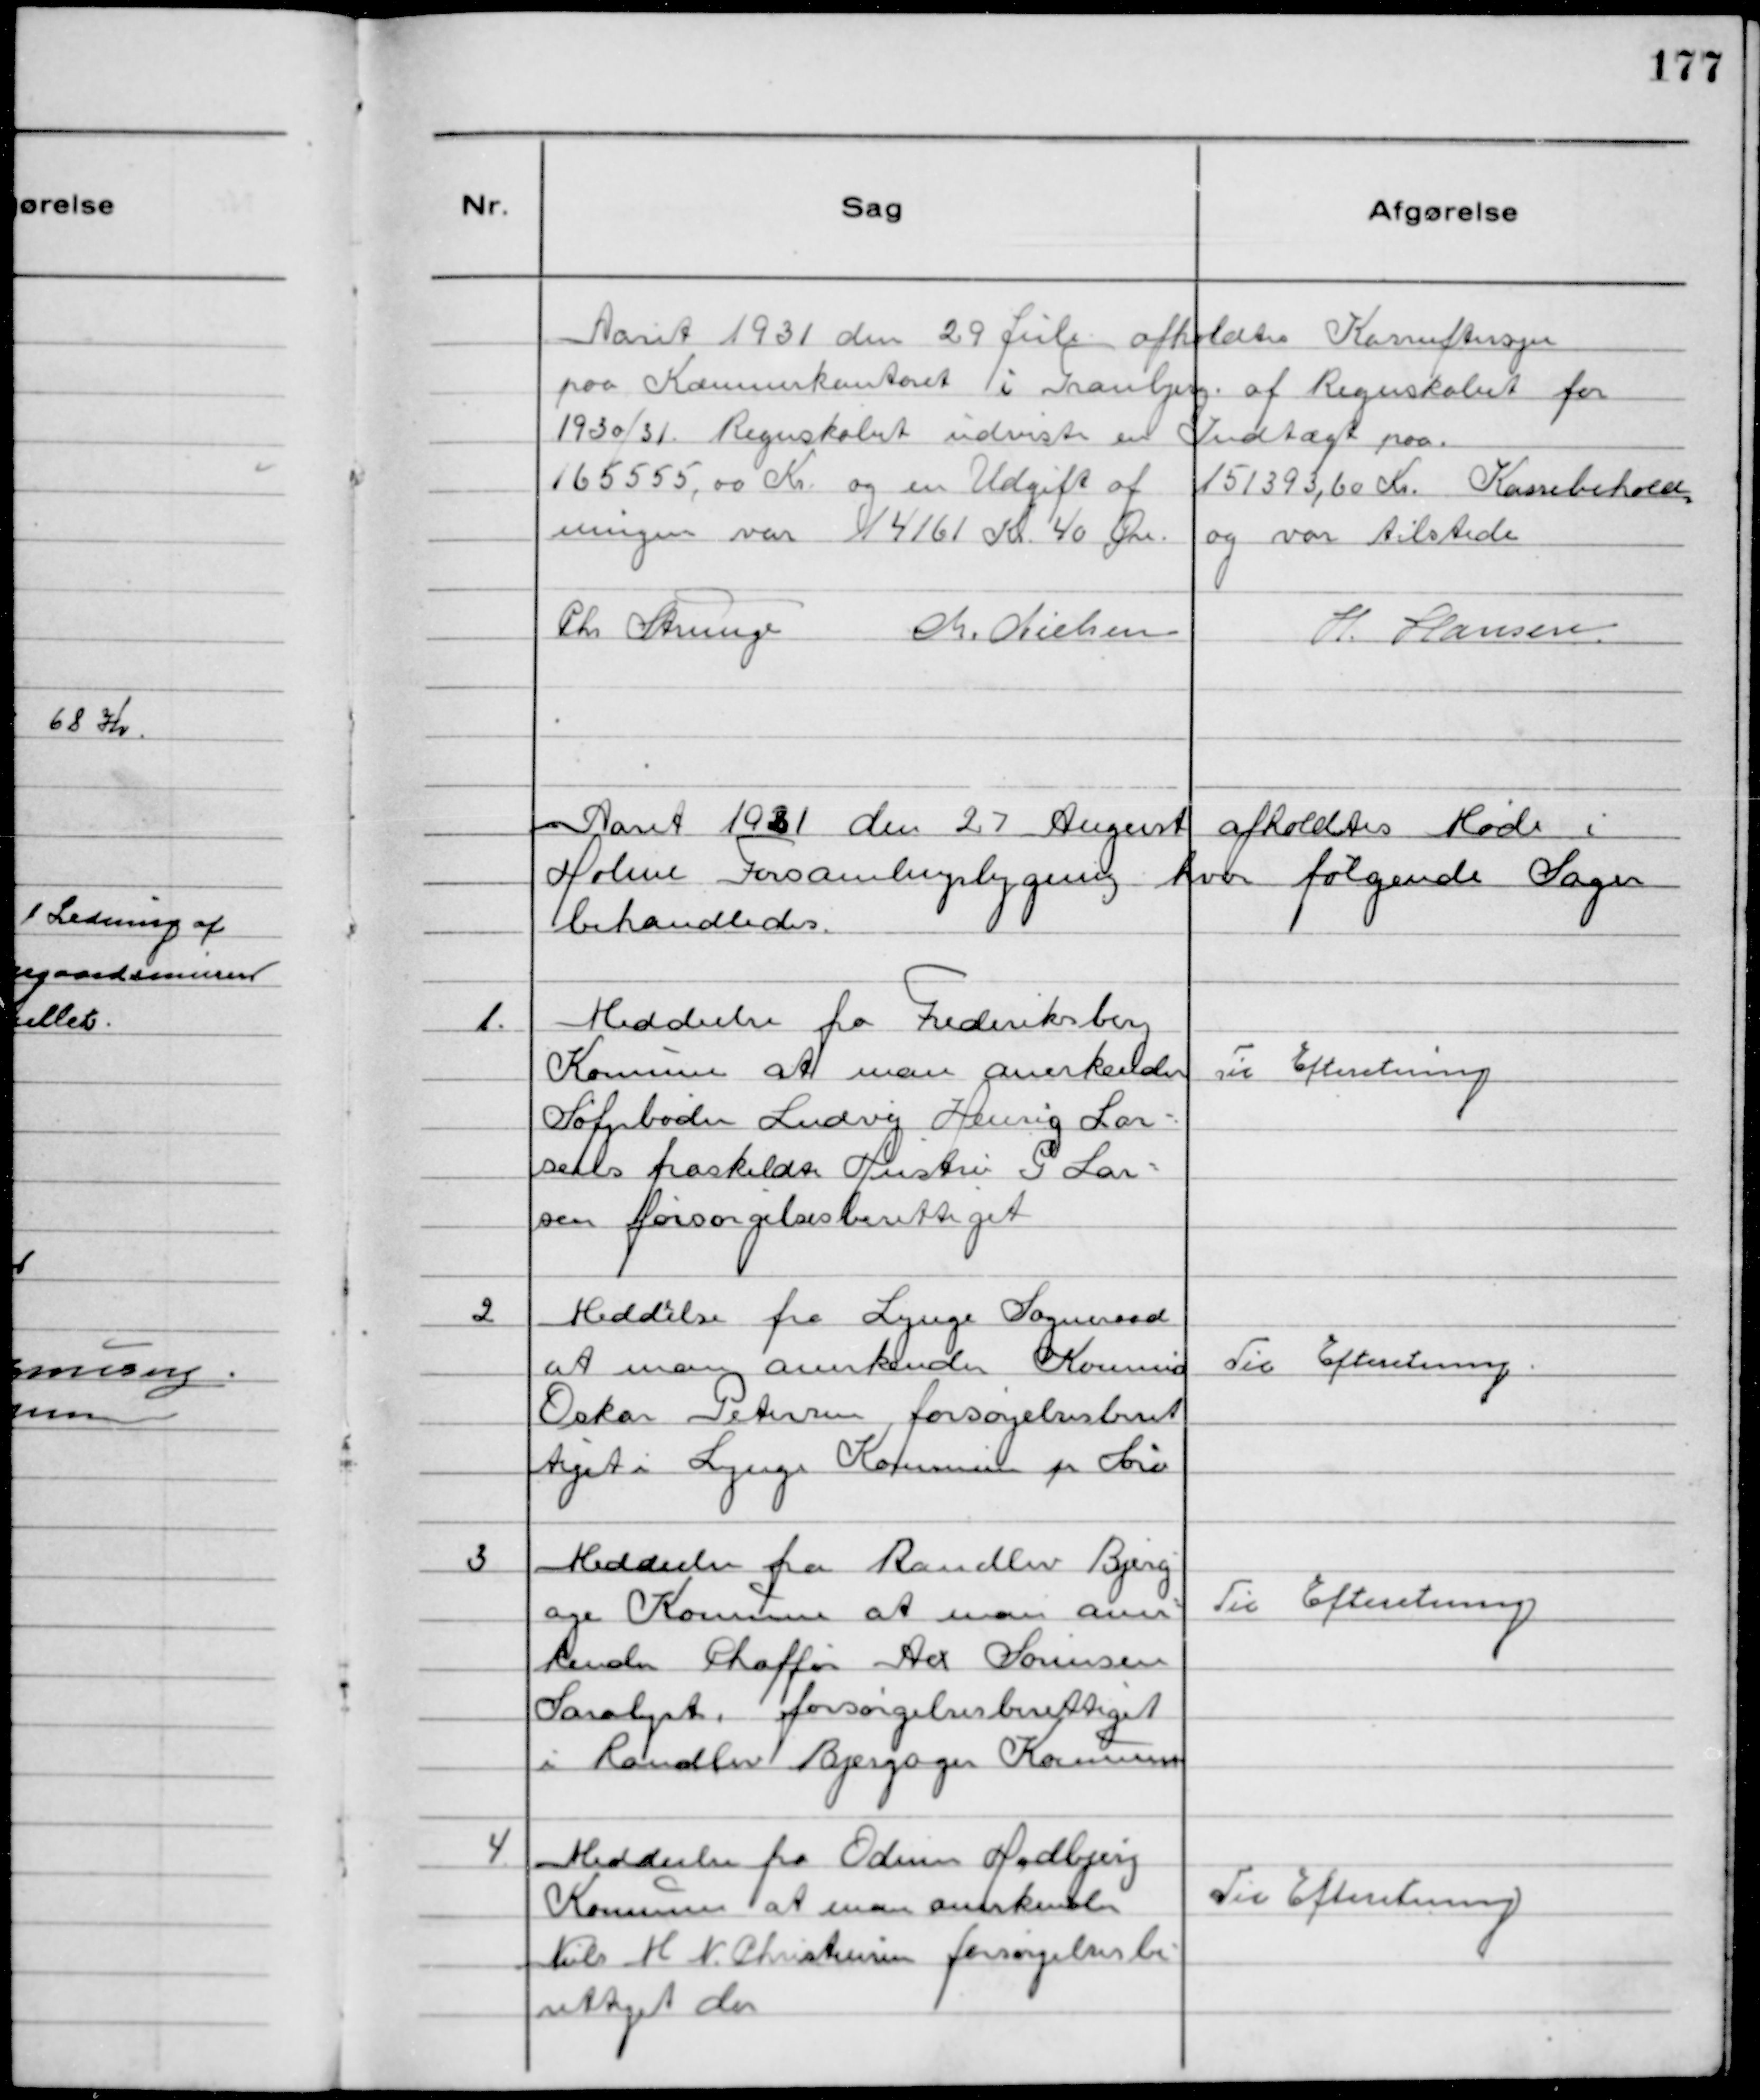
Transskription:
Aaret 1931 den 29 Juli afholdtes Kasseeftersyn
paa Kommunekontoret i Tranbjerg af Regnskabet for
1930/31. Regnskabet udviste en Indtægt paa
165555,00 Kr. og en Udgift af 151393,60 Kr. Kassebehold
ningen var 14161 Kr. 40 Øre. og var tilstede
Chr Strunge Chr. Nielsen
H. Hansen

Aaret 1931 den 27 August afholdtes Møde i
Holme Forsamlingsbygning hvor følgende Sager
behandledes.

1.
Meddeelse fra Frederiksberg
Kommune at man anerkender
Søfyrbøder Ludvig Hensig Lar-
sens fraskildte Hustru G Lar-
sen forsørgelsesberettiget

Til Efteretning

2
Meddeelse fra Lynge Sogneraad
at man anerkender Kommis
Oskar Petersen forsørgelsesberet
tiget i Lynge Kommune pr Sorø

Til Efteretning

3
Meddeelse fra Randlev Bjerg
ager Kommune at man aner-
kender Chaffør Aex Sørensen
Saralyst, forsørgelsesberettiget
i Randlev Bjergager Kommune

Til Efteretning

4.
Meddeelse fra Ødum Hadbjerg
Kommune at man anerkender
Niels M N. Christensen forsørgelsesbe-
rettiget der

Til Efteretning